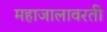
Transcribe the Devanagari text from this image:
महाजालावरती